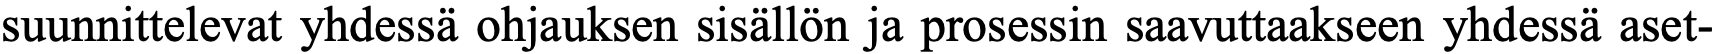
suunnittelevat yhdessä ohjauksen sisällön ja prosessin saavuttaakseen yhdessä aset-